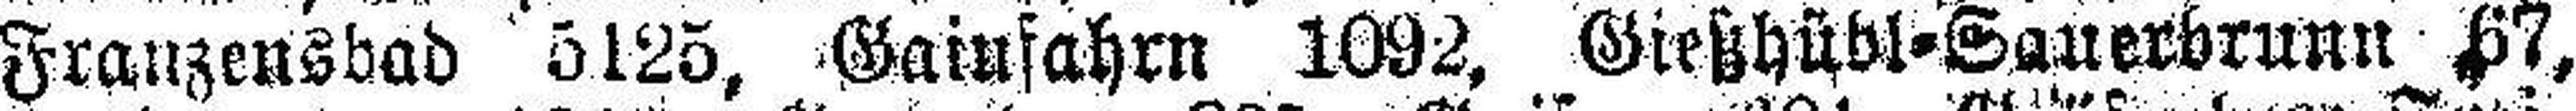
Franzensbad 5125, Gaiufahrn 1092, Gießhübl=Sauerbrunn 67,